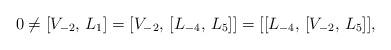
LaTeX: \begin{align*}0 \neq [V_{-2}, \, L_1] = [V_{-2}, \, [L_{-4}, \, L_5]]= [[L_{-4}, \, [V_{-2}, \, L_5]],\end{align*}